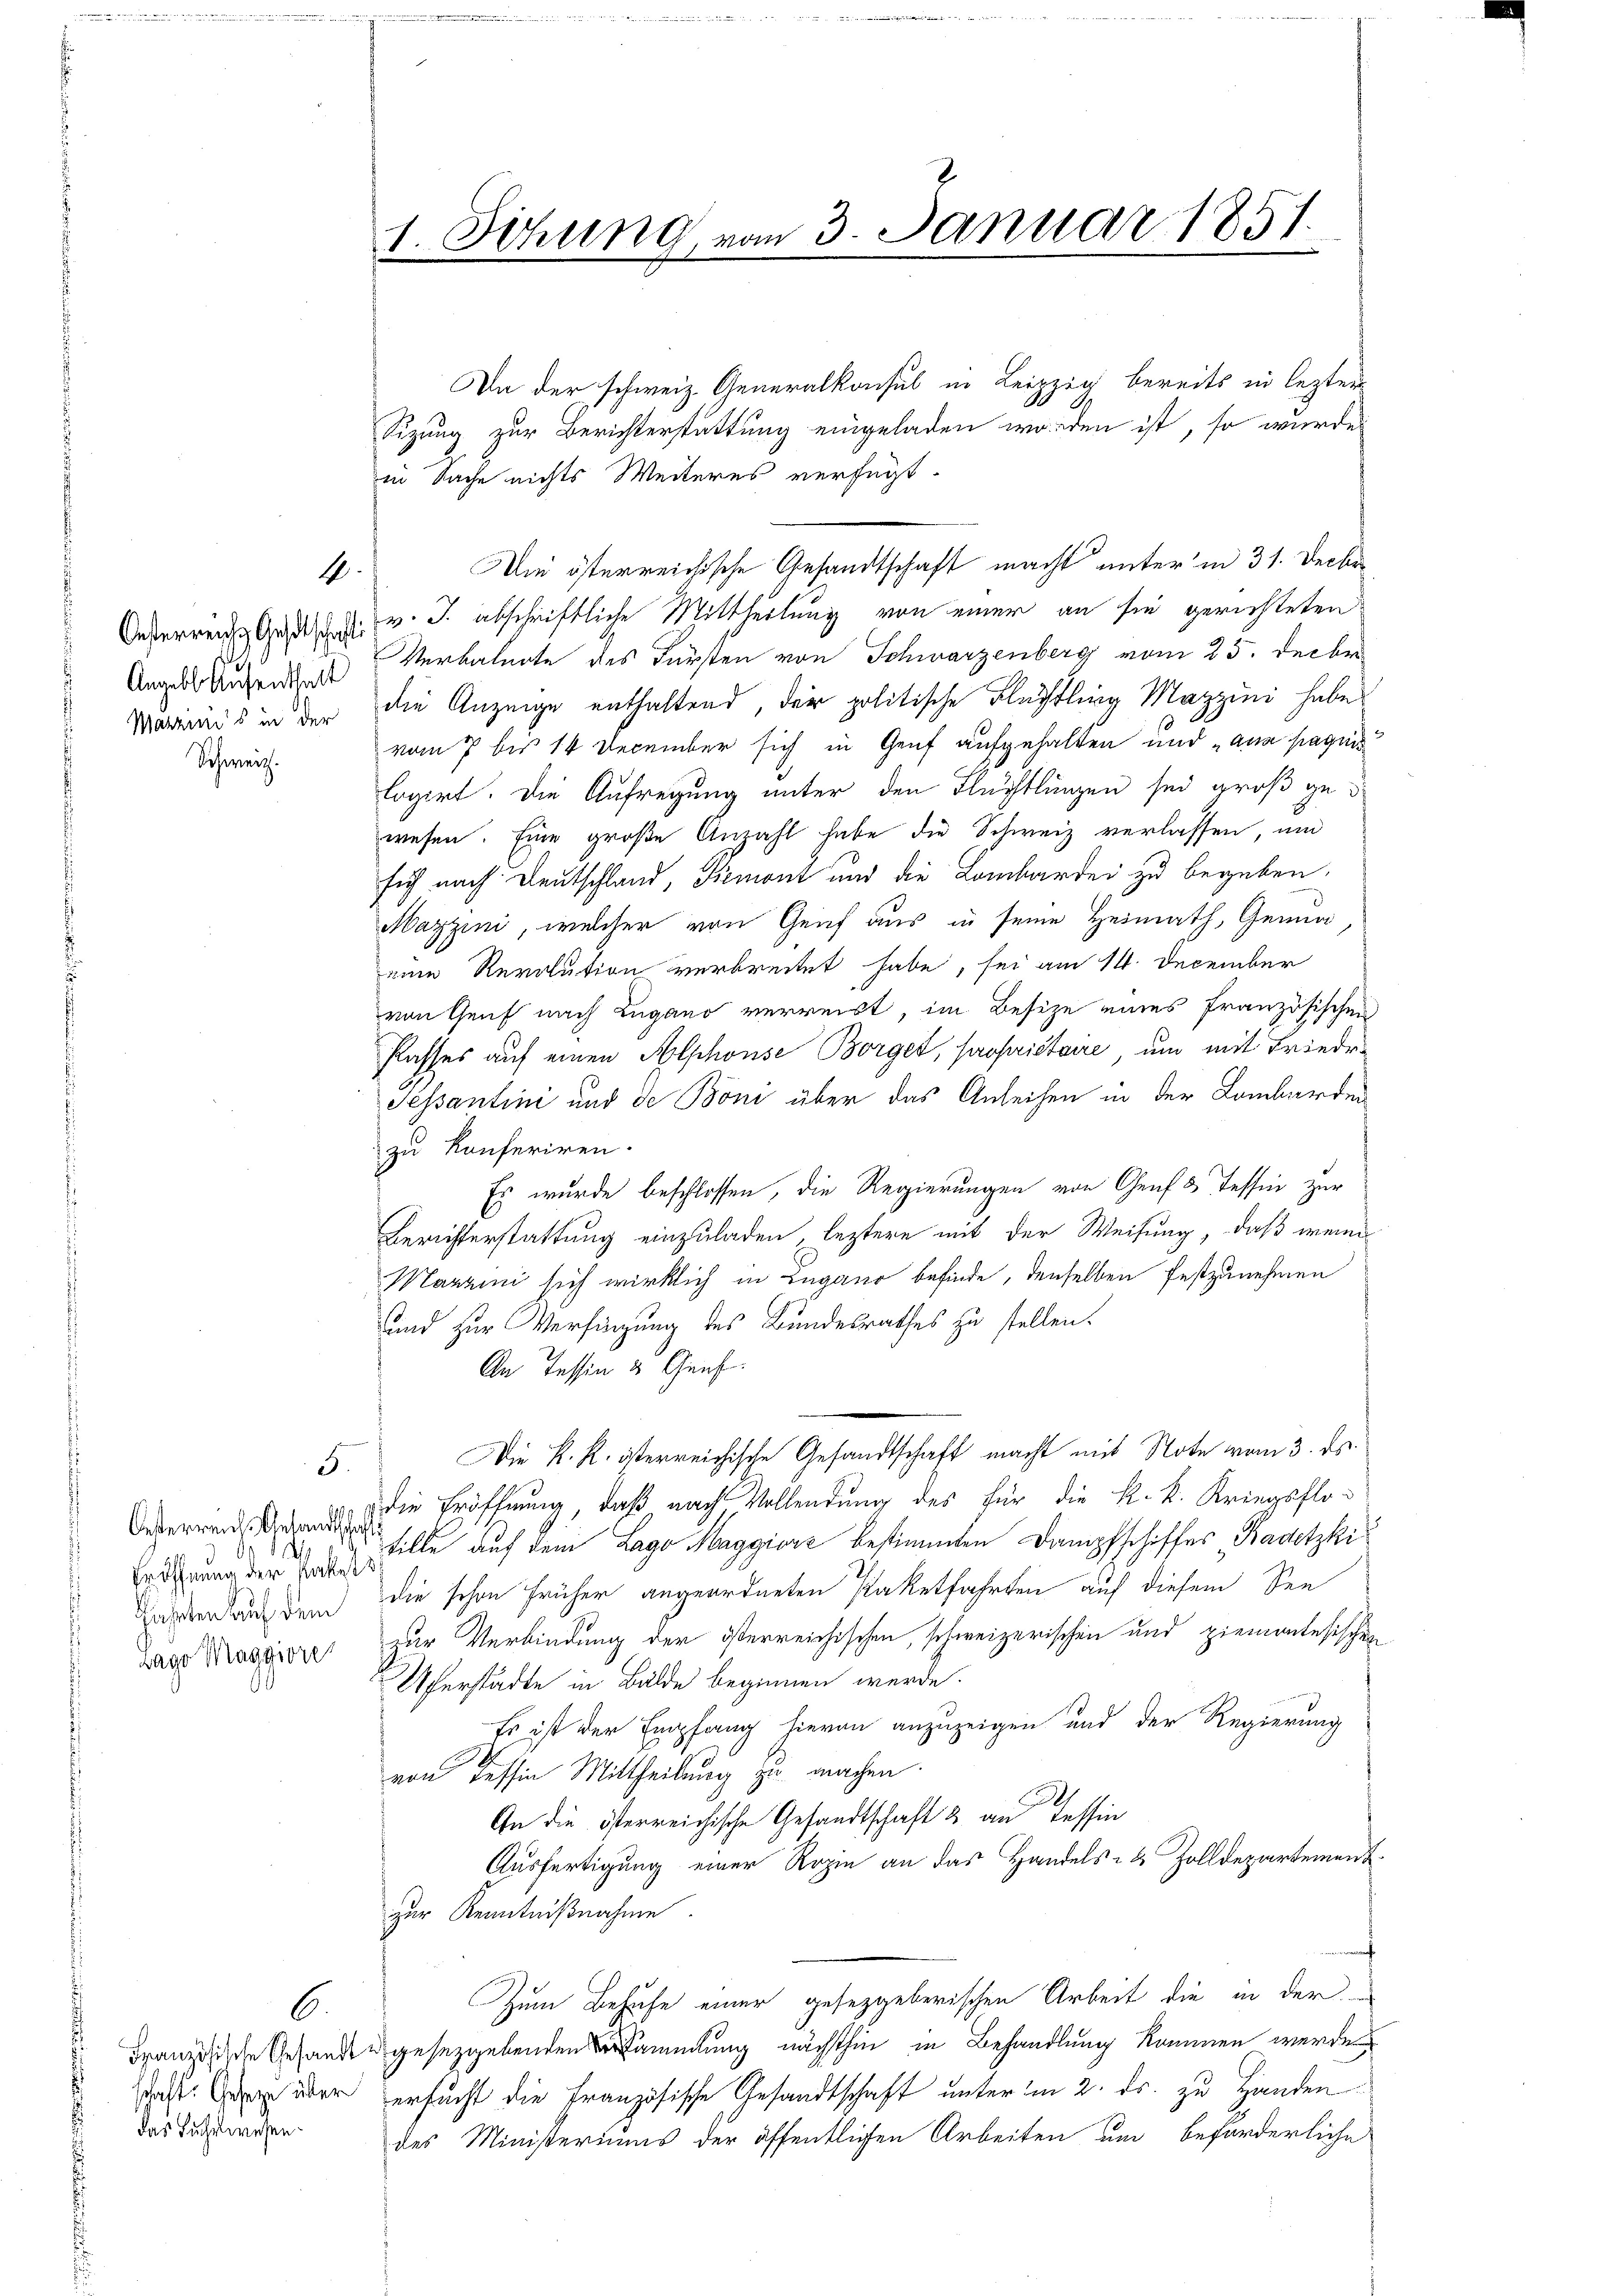
Angelb. Aufenthalt
Marzins in der
Schweiz.

Oesterreiche Gesandtschaft
gährten auf dem
Lago Maggiore

4

6.
schaft: Gesetze über
das Fuhrwesen.

5.

1 Sitzung vom 3. Januar 1851.
5

Da der schweiz. Generalkonsul in Leipzig bereits in lezter
Sizung zur Berichterstattung eingeladen worden ist, so wurde
in Sache nichts Weiteres verfügt:
Um österreichische Gesandtschaft macht unter in 31. Decbr
Oederrende Gedici v. J. abschriftliche Mittheilung von einer an sie gerichteten
Verbalente des Fürsten von Schwarzenberg vom 25. Decbr.
die Anzeige enthaltend, der politische Flüchtling Mazzini habe
vom 7 bis 14 December sich in Genf aufgehalten und „aus paquis
lagirt. Die Aufregung unter den Flüchtlingen sei groß gewesen. Eine große Anzahl habe die Schweiz verlassen, und
sich nach Deutschland, Piemont und die Lombardei zu begeben,
Mazzini, welcher von Genf aus in seine Heimath, Genua
eine Revolution verbreitet habe, sei am 14. December
von Genf nach Zugano verreist, im Besize eines französischen
Plasses auf einen Alphonse Borget, propriétaire, um mit Friedr
Pessantini und de Boni über das Anleihen in der Lombarden
zu konferiren.
Es wurde beschlossen, die Regierungen von Genf 5 Tessin zur
Berichterstattung einzuladen, leztere mit der Weisung, daß wenig
Martini sich wirklich in Lugano befinde, denselben festzunehmen
und zur Versingung des Bundesrathes zu stellen.
An Tessin u. Graf.
Die K. K. österreichische Gesandtschaft macht mit Note vom 3. ds.
die Eröffnung, daß nach Vollendung des für die k. k. Kriegsfloedenen Bille auf dem Lago Maggiorz bestimmten Dampfschiffes Kadetzki
die schon früher angeordneten Paketfahrten auf diesem See
zur Verbindung der österreichischen, schweizerischen und ziemontesischen
Uferstädte in Bälde beginnen werde.
Es ist der Empfang hieran anzuzeigen und der Regierung
von Tessin Mittheilung zu machen
An die österreichische Gesandtschaft & an Tessin
Ausfertigung einer Rozin an das Handels- & Zolldepartement
zur Kenntnißnahme.
Zum Behufe einer gesetzgeberischen Arbeit die in der
Französische Gesandten gesetzgebenden sammlung nächsthin in Behandlung kommen werde
ersucht die Französische Gesandtschaft unter im 2. ds. zu Handen
des Ministeriums der öffentlichen Arbeiten um beförderliche